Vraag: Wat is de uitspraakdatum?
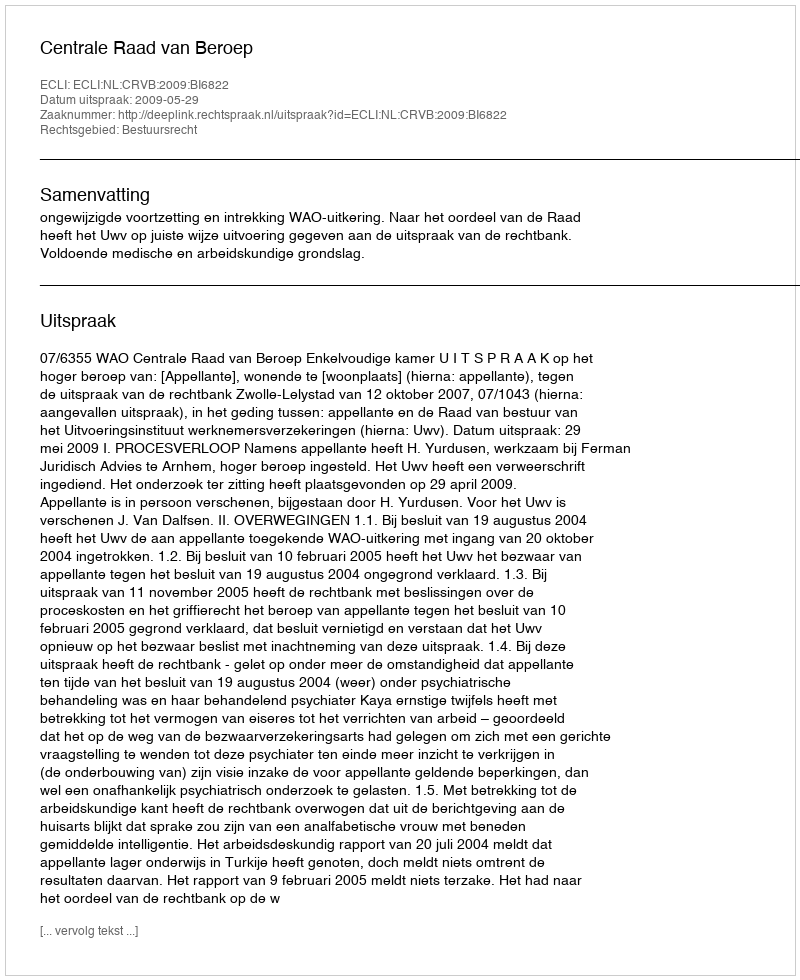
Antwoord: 2009-05-29